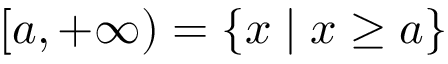
[ a , + \infty ) = \{ x \mid x \geq a \}